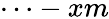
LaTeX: \cdots-xm